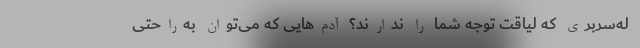
له‌سربری که لیاقت توجه شما را ندارند؟ آدم‌هایی که می‌توان به‌راحتی